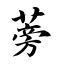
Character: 蒡